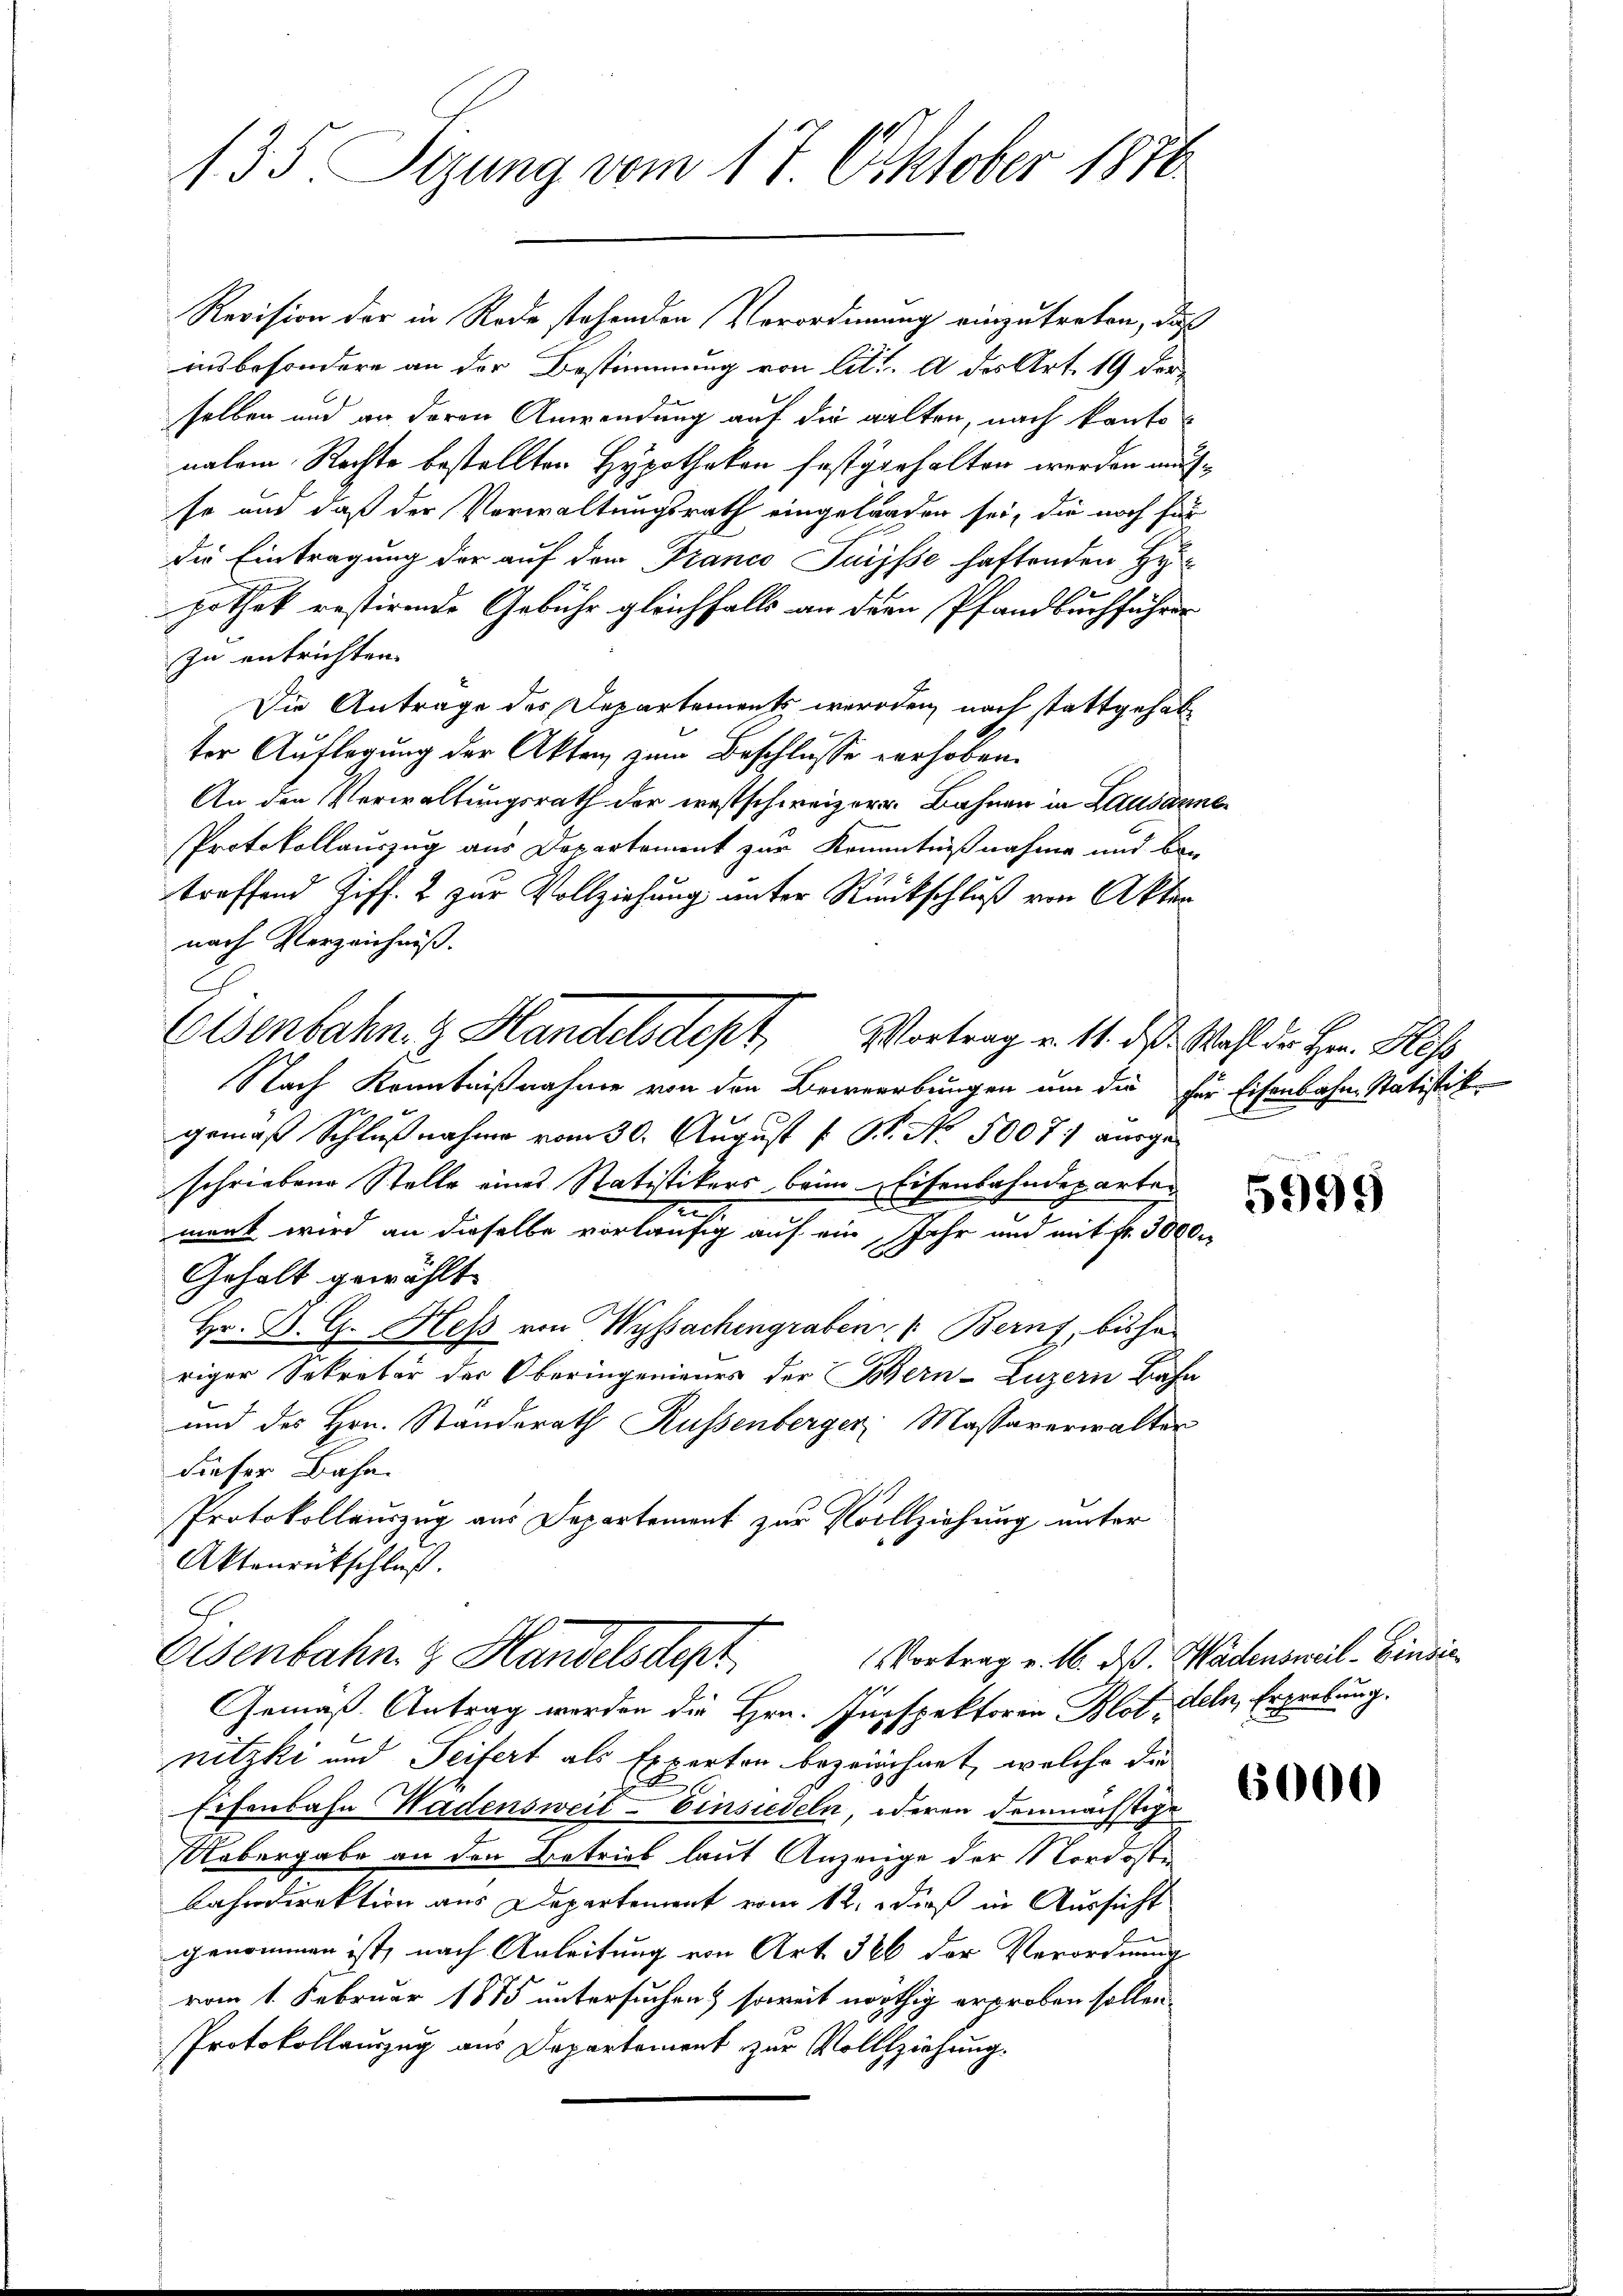
135. Sizung vom 17. Oktober 1876

Revision der in Rede stehenden Verordnung einzutreten, daß
insbesondere an der Bestimmung von litt. A des Art. 19 der
selben und an deren Anwendung auf die galten, nach kantonalem Rechte bestellten Hypotheken festgerhalten werden ausse und daß der Verwaltungsrath eingelangen sei, die noch für
die Eintragung der auf dem Franco Jurysse haftenden Hy
pothek restirende Gebühr gleichfalls an der Pfandbuchführen
zu entrichten.
Die Antrage des Departements werden, nach stattgehab
ter Auflegung der Akten zum Beschlusse verhoben.
An den Verwaltungsrath der ernstschweizerr. Bahnen in Lausanne
Protokollauszug aus Departement zur Kenntnißnahme und bei
treffend Ziff. 2 zur Vollziehung unter Rückschluß von Akten
nach Verzeichniß.
Nach Kenntnißnahme von den Bewerbungen um die für Eisenbahn-Statistik
gemäß Schlußnahme vom 30. August [ P. No. 5007. ausgeschriebene Stelle eines Ratistikers beim Eisenbahndeparteten
.
merk wird an dieselbe vorläufig auf ein Jahr und mit fr. 3000.
Gehalt gewählt.
Hr. D. G. Heß von Wyssachengraben : Bern, bishe
riger Sekretär der Oberingenieurs der Bern-Luzern Bahn
und des Hrn. Standerath Russenberger Massaverwalter
dieser Bahn.
Protokollauszug aus Departement zur Vollziehung unter
Aktenrückschluß.
A.
Eisenbahn. z. Handelsdept
Vortrag v. 16. ds. Wädensweil Einsic
Gemäß Antrag werden die Hrn. Inspektoren Blot, deln, Ergebung.
nitzki und Seifert als Experton bezeichnet, welche die
Eisenbahn Wadensweil–Einsiedeln, oderen demnächstige
Uebergabe an den Betrieb laut Anzeige der Nordoste
Bahndirektion aus Departement vom 12. dieß in Aussicht
genommen ist, nach Anleitung von Art. 326 der Verordnung
vom 1. Februar 1875 untersuchen & soweit nöthig erproben sollen,
Protokollauszug aus Departement zur Vollziehung.

Elsenbahn. G. Handelsdept, Vortrag v. 14. ds. Wahl der Hr. Hess

5999

6000